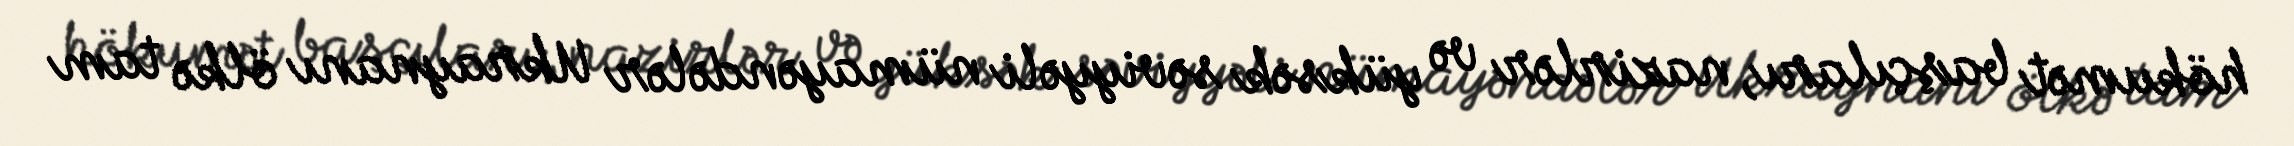
hökumət başçıları, nazirlər və yüksək səviyyəli nümayəndələr Ukraynanı ölkə tam